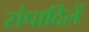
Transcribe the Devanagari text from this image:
संपादिलें